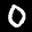
Label: 0